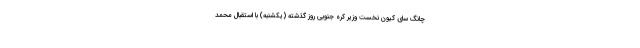
چانگ سای کِیون نخست وزیر کره جنوبی روز گذشته (یکشنبه) با استقبال محمد